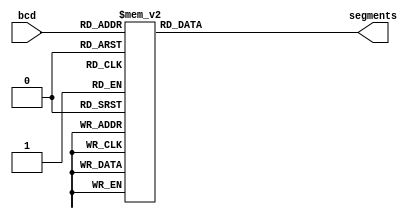
`timescale 1ns / 1ps
//////////////////////////////////////////////////////////////////////////////////
// Company: 
// Engineer: 
// 
// Design Name: 
// Module Name: 7447
// Project Name: 
// Target Devices: 
// Tool Versions: 
// Description: 
// 
// Dependencies: 
// 
// Revision:
// Revision 0.01 - File Created
// Additional Comments:
// 
//////////////////////////////////////////////////////////////////////////////////


module decoder_7447(input [3:0] bcd, output reg [6:0] segments);

always @(*) begin
    case (bcd)
        0: segments = 7'b1000000; // 0
        1: segments = 7'b1111001; // 1
        2: segments = 7'b0100100; // 2
        3: segments = 7'b0110000; // 3
        4: segments = 7'b0011001; // 4
        5: segments = 7'b0010010; // 5
        6: segments = 7'b0000010; // 6
        7: segments = 7'b1111000; // 7
        8: segments = 7'b0000000; // 8
        9: segments = 7'b0010000; // 9
        default: segments = 7'b1111111; // no display
    endcase
end

endmodule